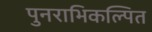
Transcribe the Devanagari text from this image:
पुनराभिकल्पित